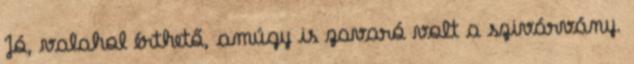
Jó, valahol érthető, amúgy is zavaró volt a szivárvány.